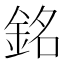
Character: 銘